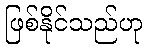
ဖြစ်နိုင်သည်ဟု